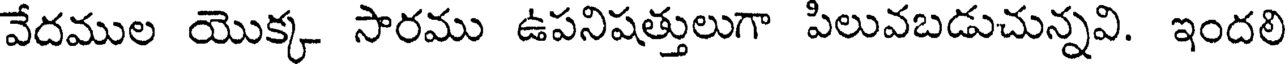
వేదముల యొక్క సారము ఉపనిషత్తులుగా పిలువబడుచున్నవి. ఇందలి